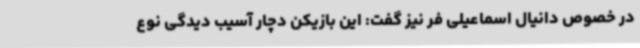
در خصوص دانیال اسماعیلی فر نیز گفت: این بازیکن دچار آسیب دیدگی نوع